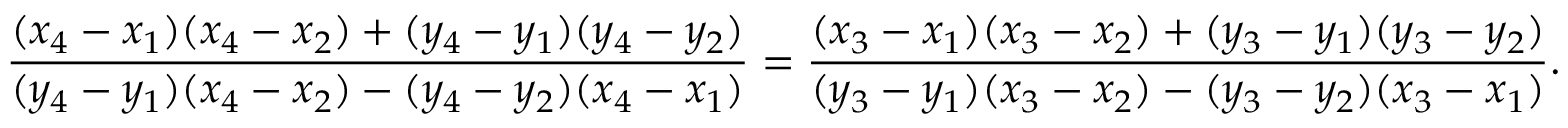
{ \frac { ( x _ { 4 } - x _ { 1 } ) ( x _ { 4 } - x _ { 2 } ) + ( y _ { 4 } - y _ { 1 } ) ( y _ { 4 } - y _ { 2 } ) } { ( y _ { 4 } - y _ { 1 } ) ( x _ { 4 } - x _ { 2 } ) - ( y _ { 4 } - y _ { 2 } ) ( x _ { 4 } - x _ { 1 } ) } } = { \frac { ( x _ { 3 } - x _ { 1 } ) ( x _ { 3 } - x _ { 2 } ) + ( y _ { 3 } - y _ { 1 } ) ( y _ { 3 } - y _ { 2 } ) } { ( y _ { 3 } - y _ { 1 } ) ( x _ { 3 } - x _ { 2 } ) - ( y _ { 3 } - y _ { 2 } ) ( x _ { 3 } - x _ { 1 } ) } } .